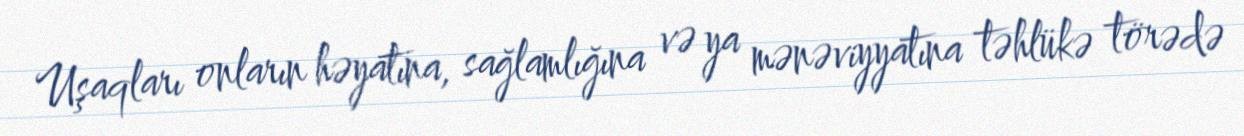
Uşaqları onların həyatına, sağlamlığına və ya mənəviyyatına təhlükə törədə